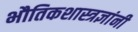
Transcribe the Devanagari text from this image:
भौतिकशास्त्रज्ञांनी